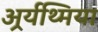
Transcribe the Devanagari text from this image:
अर्र्यथ्मिया